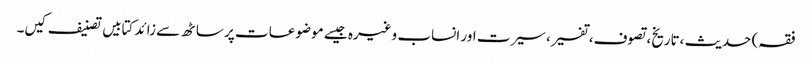
فقہ) حدیث ،تاریخ، تصوف، تفسیر، سیرت اور انساب وغیرہ جیسے موضوعات پر ساٹھ سے زائد کتابیں تصنیف کیں۔